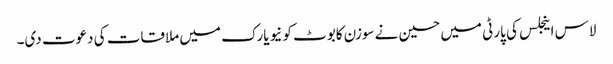
لاس اینجلس کی پارٹی میں حسین نے سوزن کابوٹ کو نیویارک میں ملاقات کی دعوت دی۔